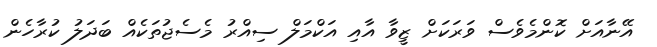
އޭނާއަށް ކޮންމެވެސް ވަރަކަށް ޒީވާ އާއި އަކްމަލް ސިއްރު މެސެޖުތަކެއް ބަދަލު ކުރާހެން